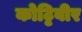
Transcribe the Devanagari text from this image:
कोट्टिवीर